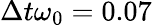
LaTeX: \Delta t\omega_{0}=0.07